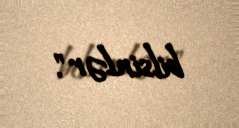
bilsinlər".